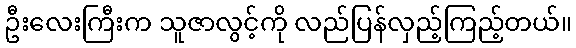
ဦးလေးကြီးက သူဇာလွင့်ကို လည်ပြန်လှည့်ကြည့်တယ်။